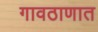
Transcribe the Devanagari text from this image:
गावठाणात